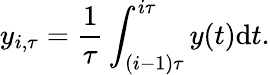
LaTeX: y_{i,\tau}=\frac{1}{\tau}\int_{(i-1)\tau}^{i\tau}y(t)\mathrm{d}t.